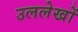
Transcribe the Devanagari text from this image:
उललेखों